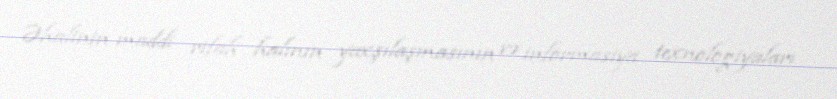
Əhalinin maddi rifah halının yaxşılaşmasının və informasiya texnologiyaları